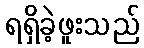
ရရှိခဲ့ဖူးသည်